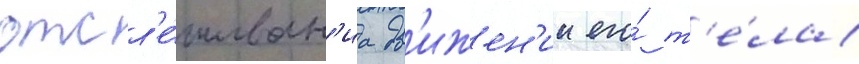
отсл'е́живан'иа дв'ижен'ии его́ т'е́ла